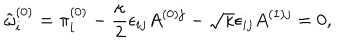
\tilde { \omega } _ { i } ^ { ( 0 ) } = \pi _ { i } ^ { ( 0 ) } - \frac { \kappa } { 2 } \epsilon _ { i j } A ^ { ( 0 ) j } - \sqrt { \kappa } \epsilon _ { i j } A ^ { ( 1 ) j } = 0 ,